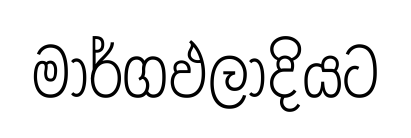
මාර්ගඵලාදියට